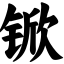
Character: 锨